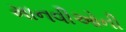
માનવીઓની